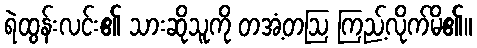
ရဲထွန်းလင်း၏ သားဆိုသူကို တအံ့တဩ ကြည့်လိုက်မိ၏။